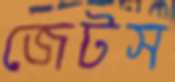
জেটস